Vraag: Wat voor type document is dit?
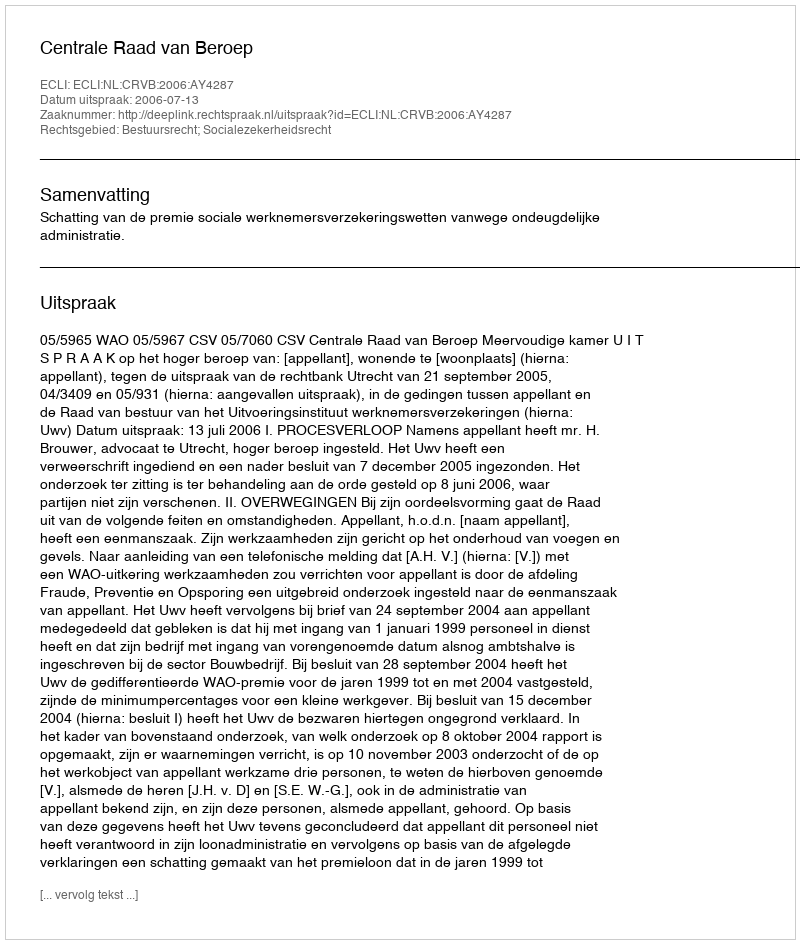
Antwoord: Uitspraak